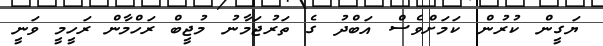
ޔަގީން ކުރުން ކަމަށްވެސް އަބްދު ގެ ތަރުޖަމާނު މުޖީބް ރަހްމާން ރަހީމީ ވަނީ